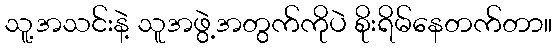
သူ့အသင်းနဲ့ သူအဖွဲ့အတွက်ကိုပဲ စိုးရိမ်နေတက်တာ။